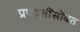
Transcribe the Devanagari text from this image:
प्रणालींसोबत